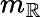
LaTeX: m_{\mathbb{R}}